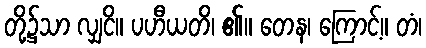
တို့၌သာ လျှငိ။ ပဟီယတိ၊ ၏။ တေန၊ ကြောင့်။ တံ၊